Jaan_Tonisson_(Lasteleht), lk 81
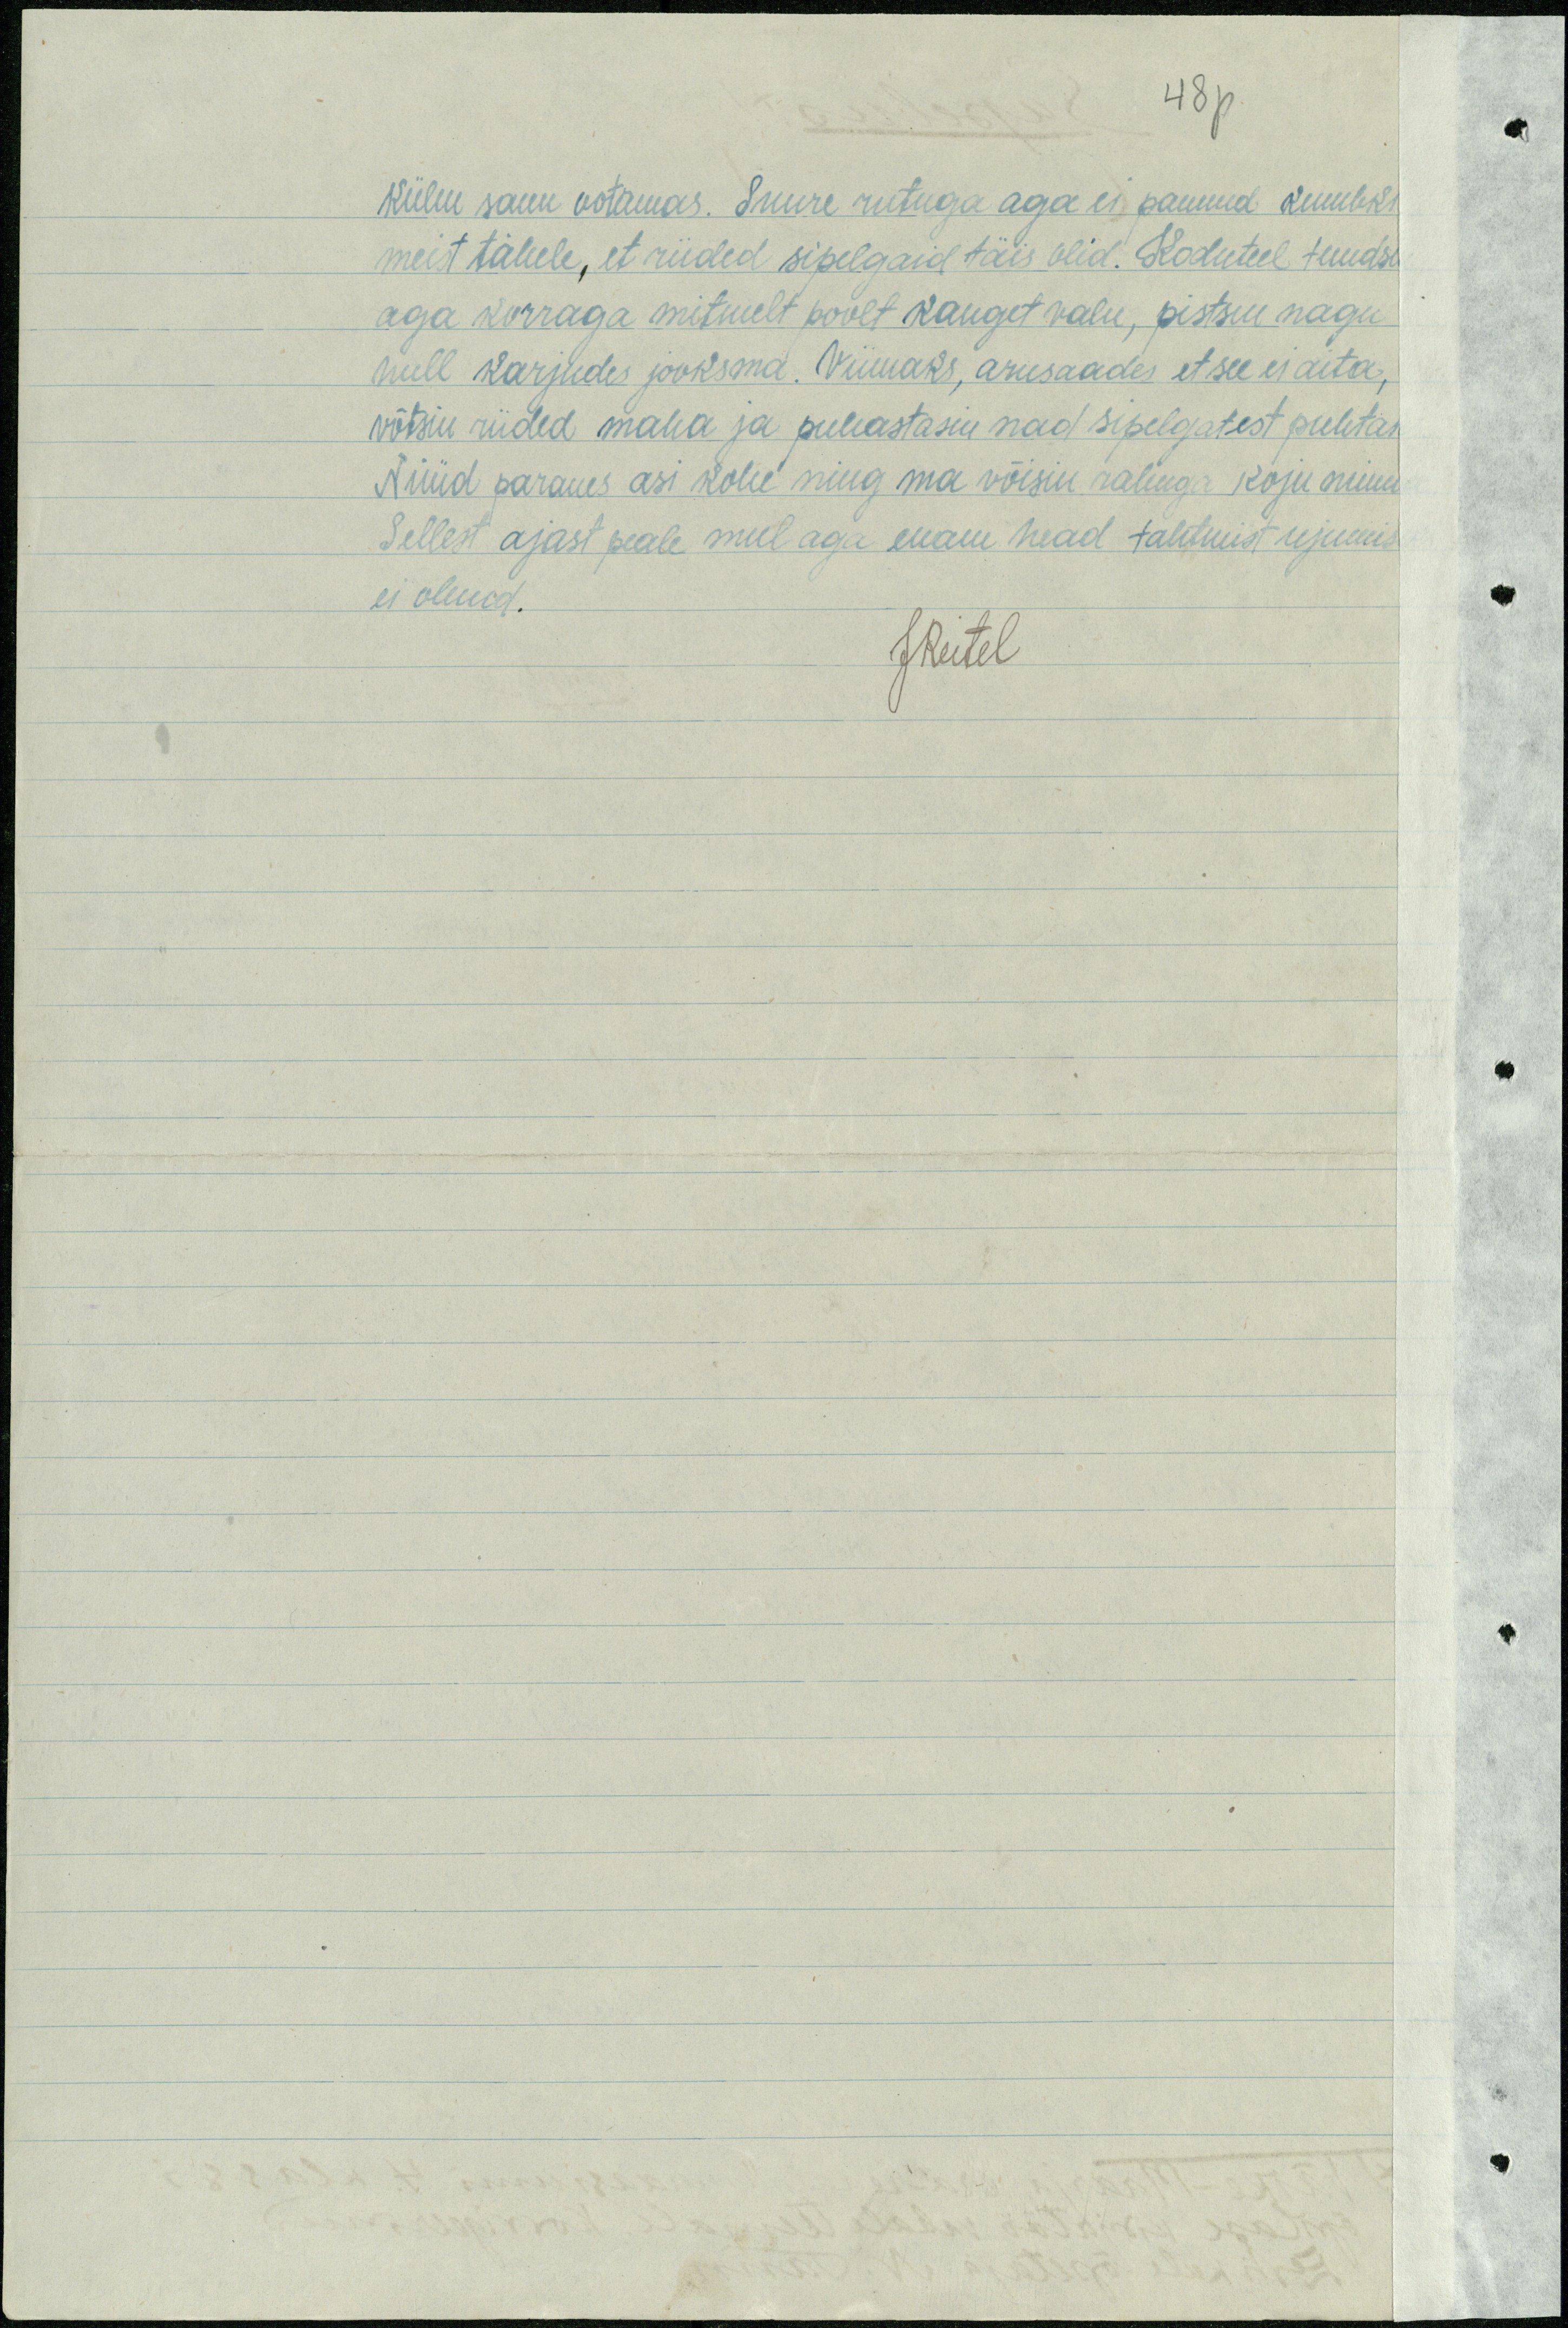
48p
külm saun ootamas. Suure rutuga aga ei pannud kumbki
meist tähele, et riided sipelgaid täis olid. Koduteel tundsi
aga korraga mitmelt poolt kanget valu, pistsin nagu
hull karjudes jooksma. Viimaks, arusaades et see ei aita,
võtsin riided maha ja puhastasin nad sipelgatest puhtaks
Nüüd paranes asi kohe ning ma võisin rahuga koju minna
Sellest ajast peale mul aga enam head tahtmist ujumis
ei olend.
JReitel